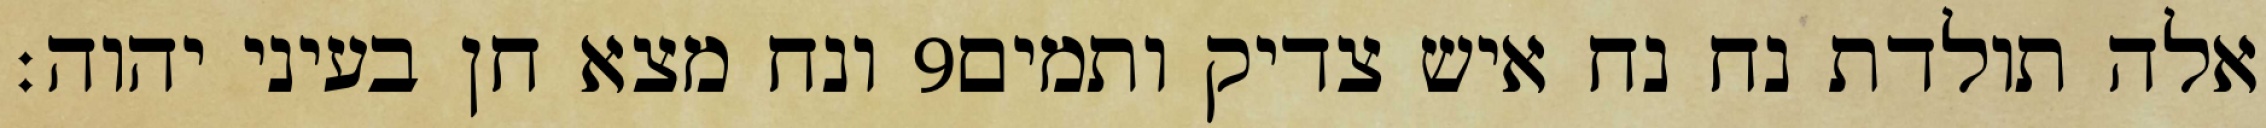
ונח מצא חן בעיני יהוה׃ ‎9‏ אלה תולדת נח נח איש צדיק ותמים